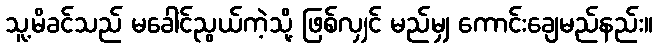
သူ့မိခင်သည် မခေါင်ညွယ်ကဲ့သို့ ဖြစ်လျှင် မည်မျှ ကောင်းချေမည်နည်း။